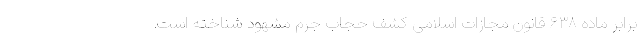
برابر ماده ۶۳۸ قانون مجازات اسلامی کشف حجاب جرم مشهود شناخته است.